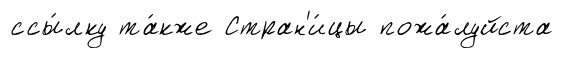
ссы́лку та́кже Стран'и́цы пожа́луйста